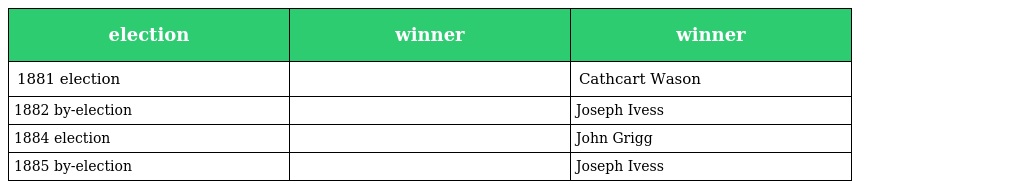
| election | winner | winner |
 | --- | --- | --- |
 | 1881 election |  | Cathcart Wason |
 | 1882 by-election |  | Joseph Ivess |
 | 1884 election |  | John Grigg |
 | 1885 by-election |  | Joseph Ivess |